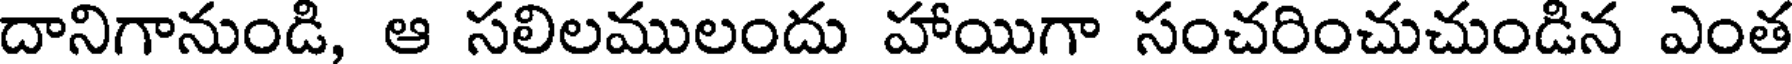
దానిగానుండి, ఆ సలిలములందు హాయిగా సంచరించుచుండిన ఎంత